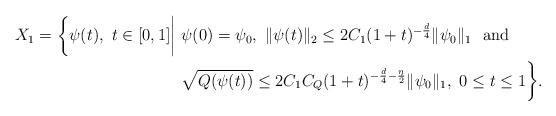
LaTeX: \begin{align*} X_1 = \bigg\{\psi(t),\ t\in [0,1]\bigg|\ &\psi(0) = \psi_0,\ \|\psi(t)\|_2 \leq 2C_1(1 + t)^{-\frac{d}{4}}\|\psi_0\|_1\ \ {\rm and}\ \\&\sqrt{Q(\psi(t))} \leq 2C_1C_Q(1 + t)^{-\frac{d}{4}-\frac{\eta}{2}}\|\psi_0\|_1,\ 0 \leq t \leq 1 \bigg\}. \end{align*}